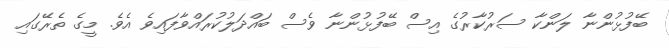
ބޭފުޅުންނާ ލަންކާ ސަރުކާރުގެ އިސް ބޭފުޅުންނާ ވެސް ބައްދަލުކުރައްވާފައިވެ އެވެ. މީގެ ތެރޭގައި